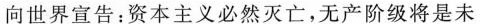
向世界宣告：资本主义必然灭亡，无产阶级将是未